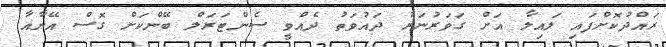
ރައްދުކޮށްފައި ލައިލާ އަށް ގަވަރުނަރު ދައުވަތު ދެއްވީ ސެންޓަރަލް ބޭންކަށް ގޮސް އޭނާއާ